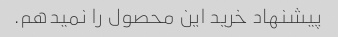
پیشنهاد خرید این محصول را نمیدهم.